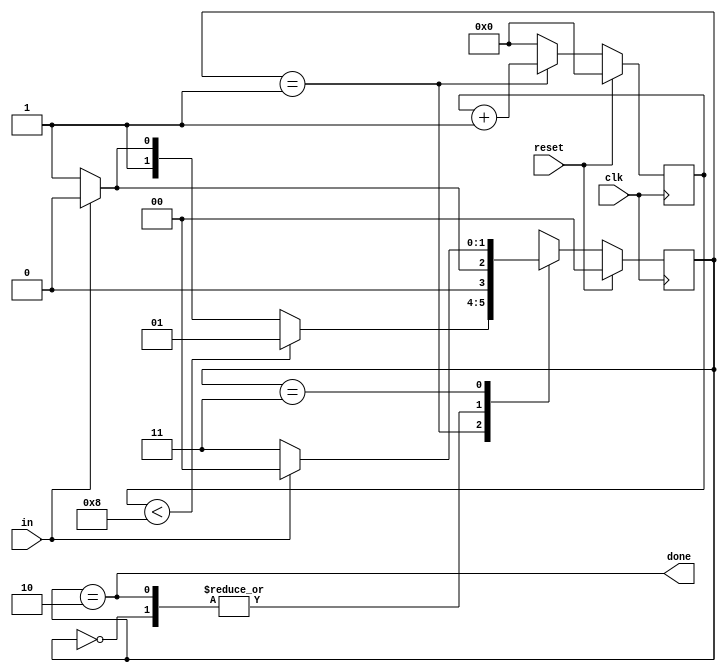
module top_module(
    input clk,
    input in,
    input reset,    // Synchronous reset
    output done
); 
    parameter start = 2'd0,data = 2'd1,stop = 2'd2,error = 2'd3;
    reg [1:0] state,next_state;
    reg [3:0] count;
    always @(*) begin
        case (state)
            start:next_state <= in?start:data;
            data:next_state <= count<8?data:(in?stop:error);
            stop:next_state <= in?start:data;
            error:next_state <= in?start:error;
            default:next_state <= start;
        endcase
    end
    always @(posedge clk) begin
        if (reset)
            state <= start;
        else
            state <= next_state;
    end
    always @(posedge clk) begin
        if(reset)
            count <= 4'd0;
        else if (state == data)
            count <= count+1'b1;
        else count <= 4'd0;
    end
    assign done = (state == stop);
endmodule